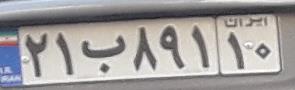
۲۱ب۸۹۱۱۰